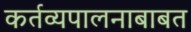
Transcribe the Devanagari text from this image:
कर्तव्यपालनाबाबत